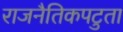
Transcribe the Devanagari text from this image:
राजनैतिकपटुता